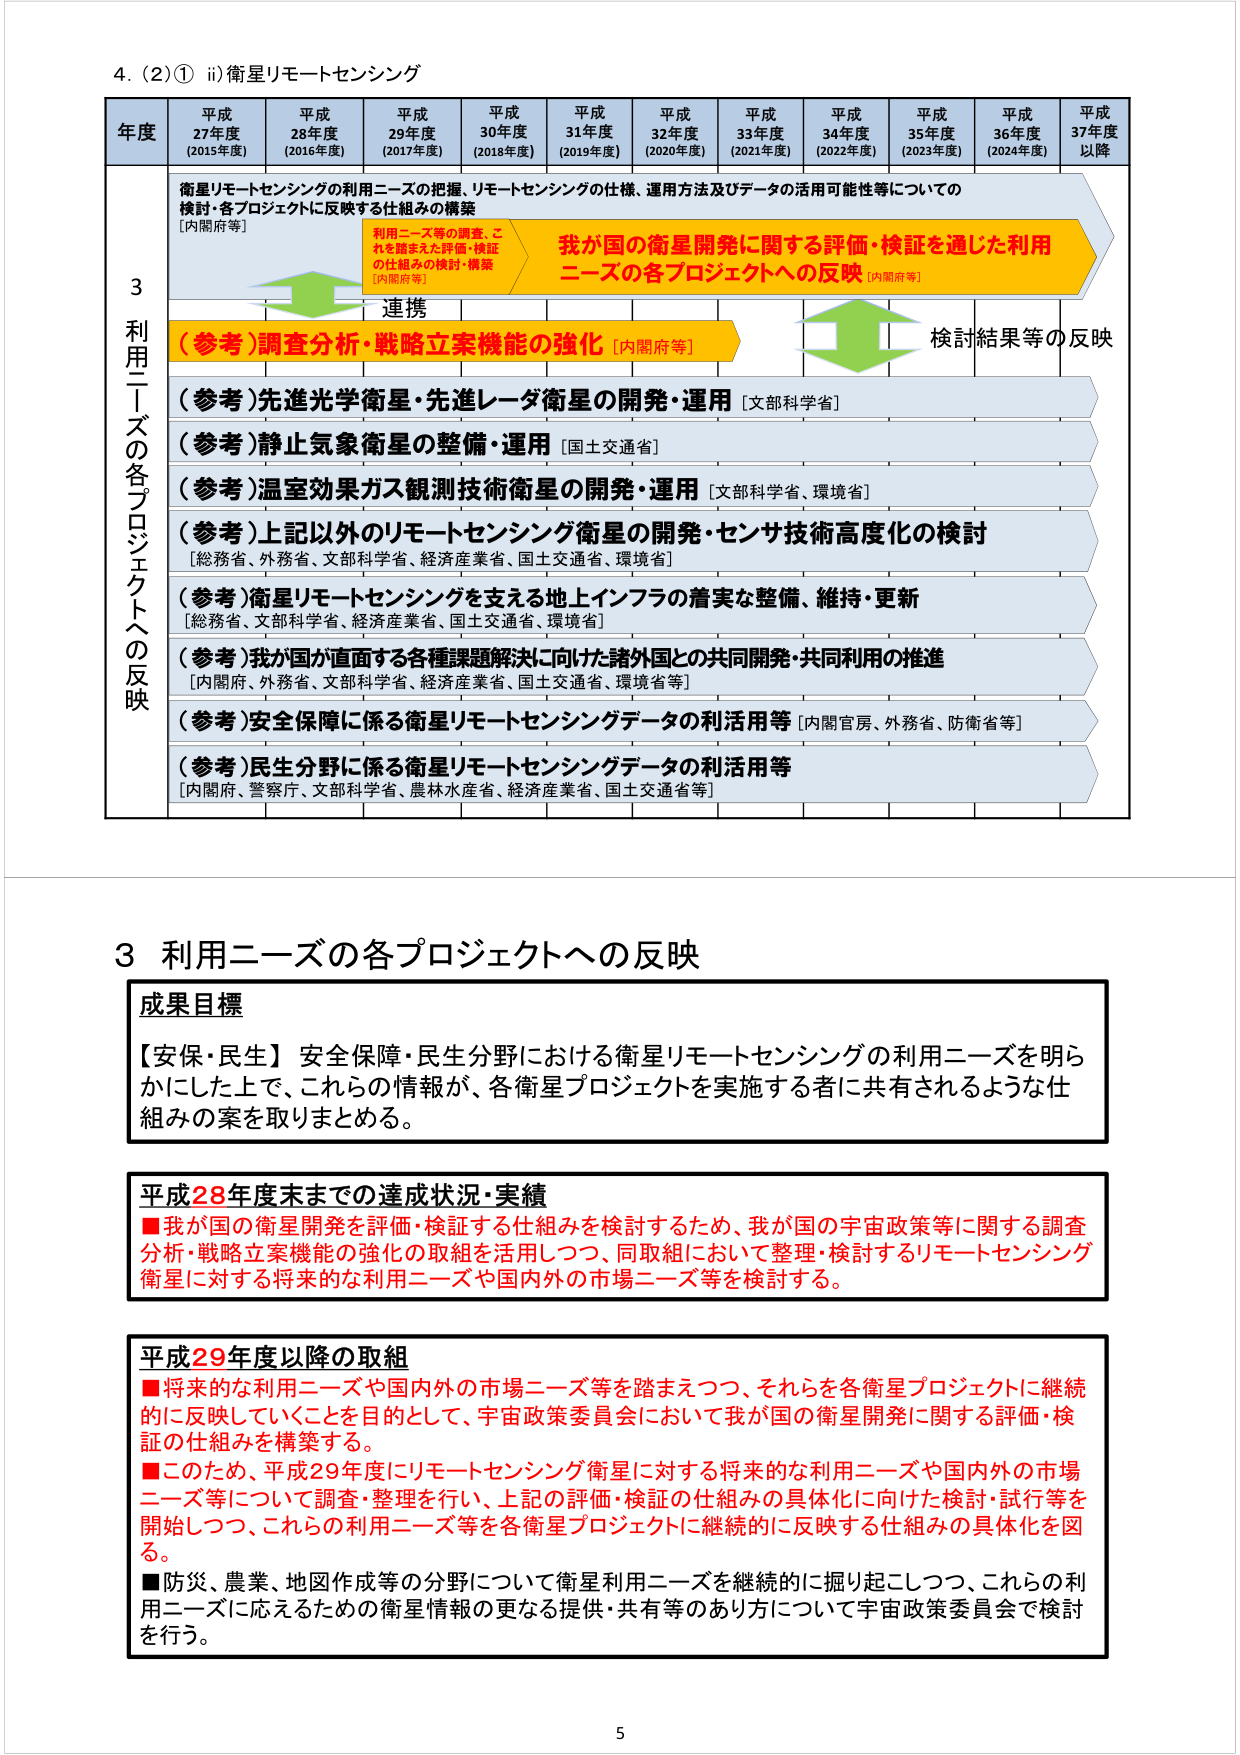
4. (2)① ii)衛星リモートセンシング

年度 平成27年度 (2015年度) 平成28年度 (2016年度) 平成29年度 (2017年度) 平成30年度 (2018年度) 平成31年度 (2019年度) 平成32年度 (2020年度) 平成33年度 (2021年度) 平成34年度 (2022年度) 平成35年度 (2023年度) 平成36年度 (2024年度) 平成37年度 以降

利用ニーズの各プロジェクトへの反映

衛星リモートセンシングの利用ニーズの把握、リモートセンシングの仕様、運用方法及びデータの活用可能性等についての検討・各プロジェクトに反映する仕組みの構築 [内閣府等]

利用ニーズ等の調査、これを踏まえた評価・検証の仕組みの検討・構築 [内閣府等]

我が国の衛星開発に関する評価・検証を通じた利用ニーズの各プロジェクトへの反映 [内閣府等]

連携

（参考）調査分析・戦略立案機能の強化 [内閣府等]

検討結果等の反映

（参考）先進光学衛星・先進レーダ衛星の開発・運用 [文部科学省]

（参考）静止気象衛星の整備・運用 [国土交通省]

（参考）温室効果ガス観測技術衛星の開発・運用 [文部科学省、環境省]

（参考）上記以外のリモートセンシング衛星の開発・センサ技術高度化の検討 [総務省、外務省、文部科学省、経済産業省、国土交通省、環境省]

（参考）衛星リモートセンシングを支える地上インフラの着実な整備、維持・更新 [総務省、文部科学省、経済産業省、国土交通省、環境省]

（参考）我が国が直面する各種課題解決に向けた諸外国との共同開発・共同利用の推進 [内閣府、外務省、文部科学省、経済産業省、国土交通省、環境省等]

（参考）安全保障に係る衛星リモートセンシングデータの利活用等 [内閣官房、外務省、防衛省等]

（参考）民生分野に係る衛星リモートセンシングデータの利活用等 [内閣府、警察庁、文部科学省、農林水産省、経済産業省、国土交通省等]

3 利用ニーズの各プロジェクトへの反映

成果目標

【安保・民生】安全保障・民生分野における衛星リモートセンシングの利用ニーズを明らかにした上で、これらの情報が、各衛星プロジェクトを実施する者に共有されるような仕組みの案を取りまとめる。

平成28年度末までの達成状況・実績

■我が国の衛星開発を評価・検証する仕組みを検討するため、我が国の宇宙政策等に関する調査分析・戦略立案機能の強化の取組を活用しつつ、同取組において整理・検討するリモートセンシング衛星に対する将来的な利用ニーズや国内外の市場ニーズ等を検討する。

平成29年度以降の取組

■将来的な利用ニーズや国内外の市場ニーズ等を踏まえつつ、それらを各衛星プロジェクトに継続的に反映していくことを目的として、宇宙政策委員会において我が国の衛星開発に関する評価・検証の仕組みを構築する。

■このため、平成29年度にリモートセンシング衛星に対する将来的な利用ニーズや国内外の市場ニーズ等について調査・整理を行い、上記の評価・検証の仕組みの具体化に向けた検討・試行等を開始しつつ、これらの利用ニーズ等を各衛星プロジェクトに継続的に反映する仕組みの具体化を図る。

■防災、農業、地図作成等の分野について衛星利用ニーズを継続的に掘り起こしつつ、これらの利用ニーズに応えるための衛星情報の更なる提供・共有等のあり方について宇宙政策委員会で検討を行う。

5